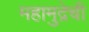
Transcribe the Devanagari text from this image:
महामुद्रेची